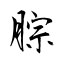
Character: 腙